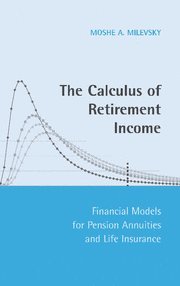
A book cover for The Calculus of Retirement Income: Financial Models for Pension Annuities and Life Insurance; Moshe A. Milevsky; Business & Money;